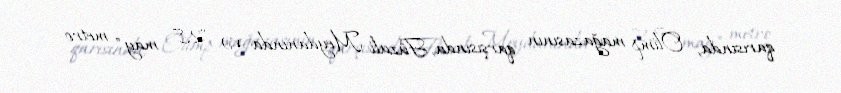
qarısında, Olimp mağazasının qarşısında, Füzuli Meydanında və "28 may" metro